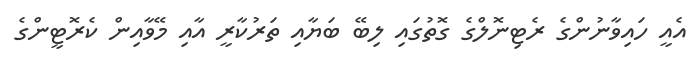
އެއީ ހައިވާނުންގެ ރެޓިނޮލްގެ ގޮތުގައި ލިބޭ ބަޔާއި ތަރުކާރީ އާއި މޭވާއިން ކެރޮޓީންގެ